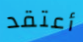
أعتقد